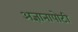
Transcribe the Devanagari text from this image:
अज्ञानापोटी